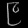
Digit: ၉